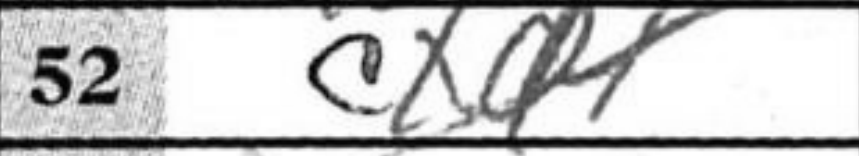
Transcription: cxd2